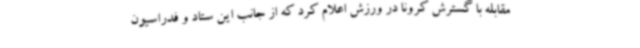
مقابله با گسترش کرونا در ورزش اعلام کرد که از جانب این ستاد و فدراسیون